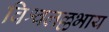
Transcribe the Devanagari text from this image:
विश्वलल्लभाय